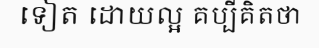
ទៀត ដោយល្អ គប្បីគិតថា